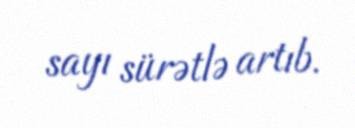
sayı sürətlə artıb.